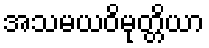
အသမယဝိမုတ္တိယာ